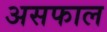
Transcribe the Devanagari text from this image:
असफाल